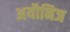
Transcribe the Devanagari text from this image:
अयौनिज